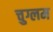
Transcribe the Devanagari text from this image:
चुग्लम